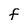
Character: F